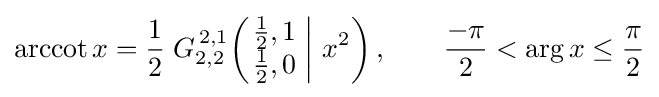
\operatorname {arccot} x={\frac {1}{2}}\;G_{2,2}^{\,2,1}\!\left(\left.{\begin{matrix}{\frac {1}{2}},1\\{\frac {1}{2}},0\end{matrix}}\;\right|\,x^{2}\right),\qquad {\frac {-\pi }{2}}<\arg x\leq {\frac {\pi }{2}}